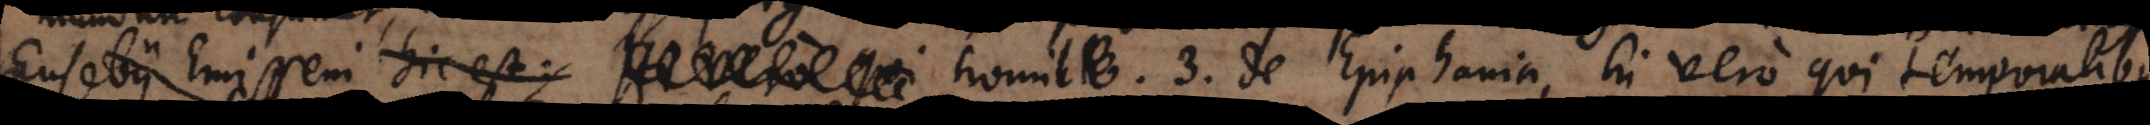
Eusebii Emisseni homil. 3. de Epiphania, hi vero qui temporalibus